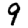
Digit: 9